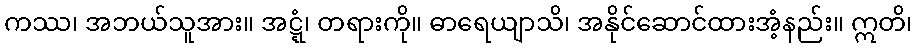
ကဿ၊ အဘယ်သူအား။ အဋ္ဋံ၊ တရားကို။ ဓာရေယျာသိ၊ အနိုင်ဆောင်ထားအံ့နည်း။ ဣတိ၊